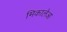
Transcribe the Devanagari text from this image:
मिकालेआ